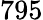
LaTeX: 795